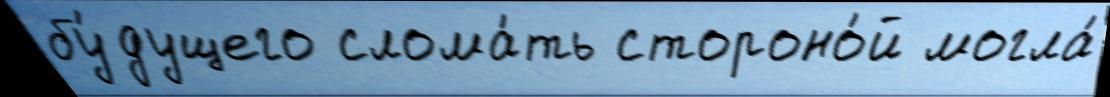
бу́дущего слома́ть стороно́й могла́